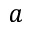
a